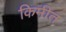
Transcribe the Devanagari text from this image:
किमीत